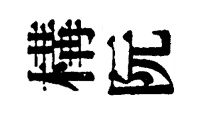
構阮